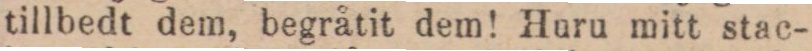
tillbedt dem, begråtit dem! Huru mitt stac-